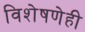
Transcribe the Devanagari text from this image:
विशेषणेही